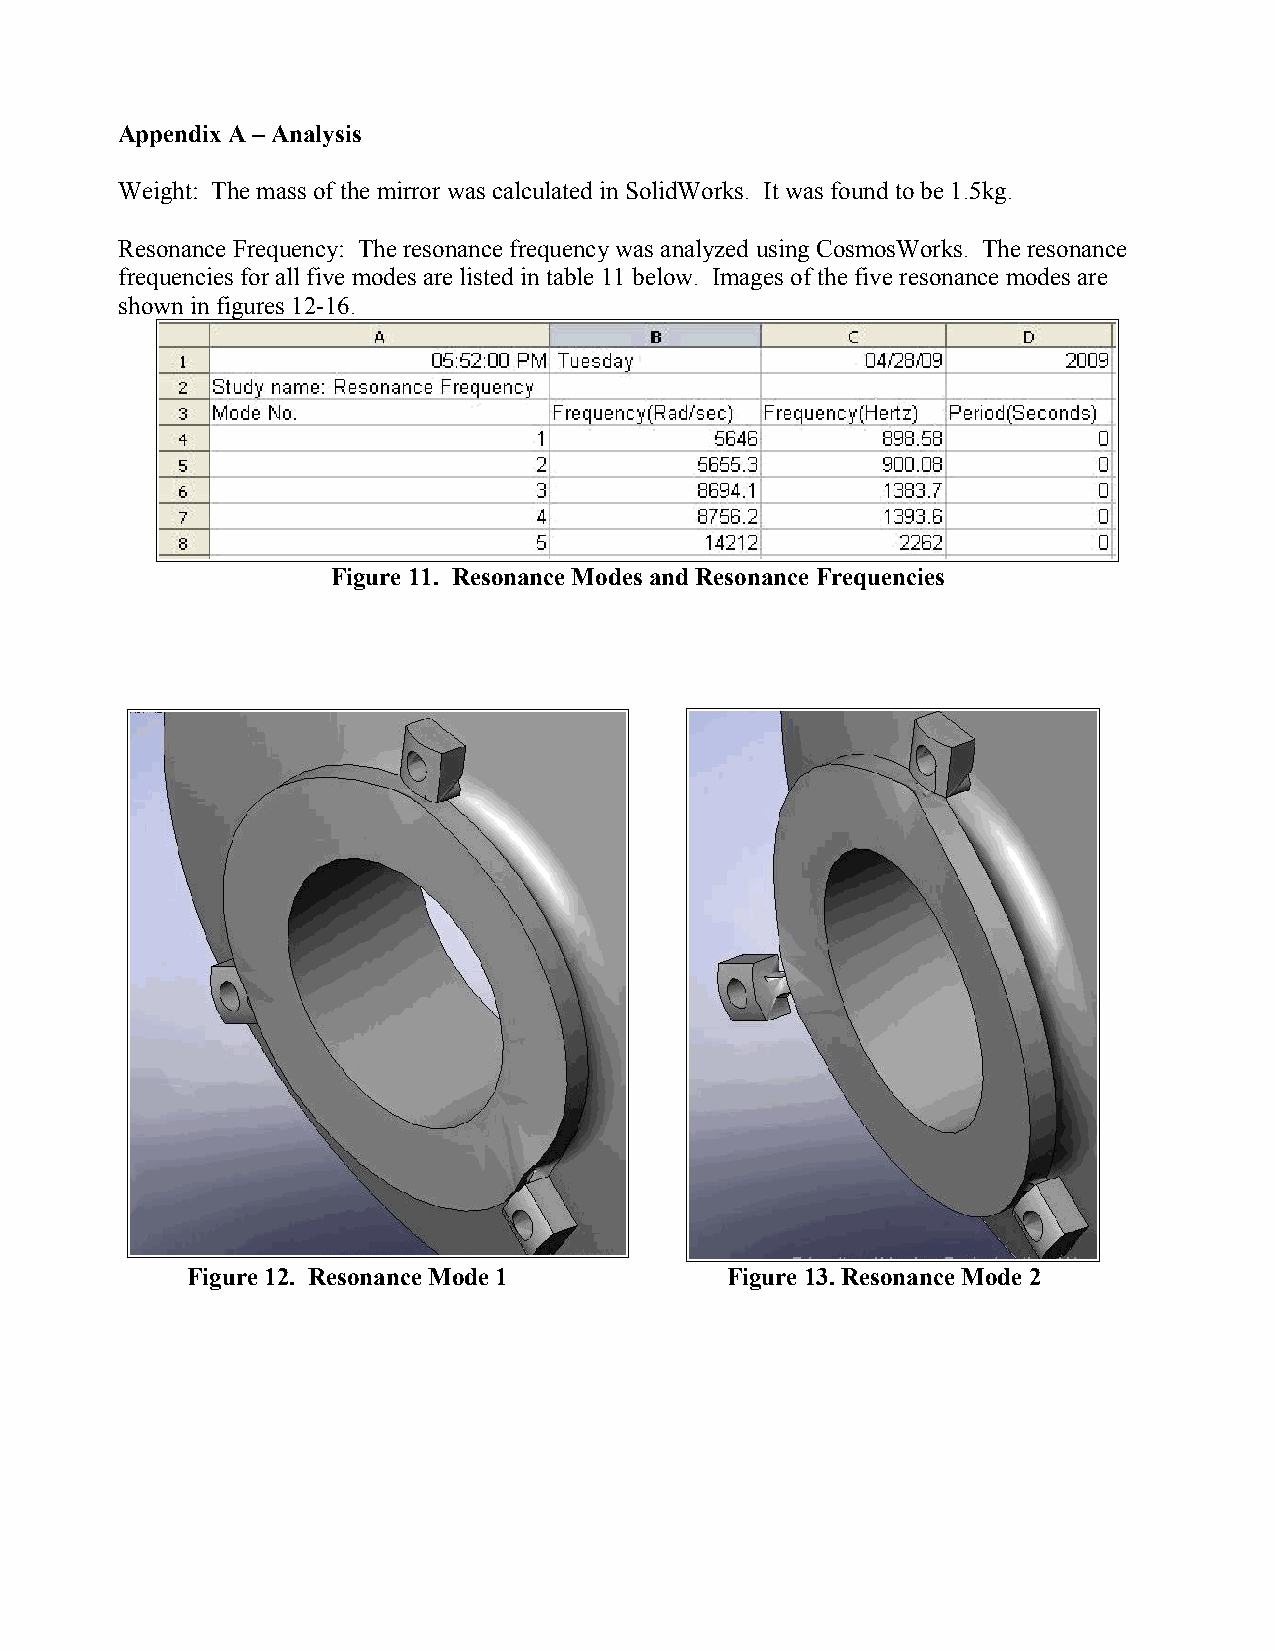
Appendix A – Analysis
 Weight: The mass of the mirror was calculated in SolidWorks. It was found to be 1.5kg.
 Resonance Frequency: The resonance frequency was analyzed using CosmosWorks. The resonance
 frequencies for all five modes are listed in table 11 below. Images of the five resonance modes are
 shown in figures 12-16.
 Figure 11. Resonance Modes and Resonance Frequencies
 Figure 12. Resonance Mode 1         Figure 13. Resonance Mode 2